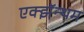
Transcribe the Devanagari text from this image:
एक्झॅन्थम